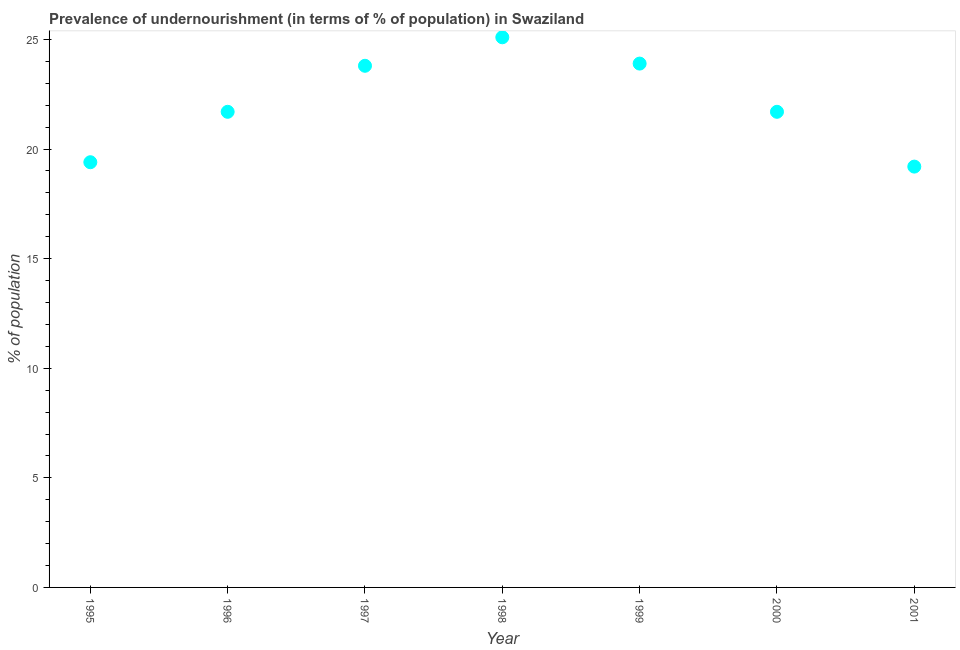
| Year | Prevalence of undernourishment |
 | --- | --- |
 | 1995 | 19.4 |
 | 1996 | 21.7 |
 | 1997 | 23.8 |
 | 1998 | 25.1 |
 | 1999 | 23.9 |
 | 2000 | 21.7 |
 | 2001 | 19.2 |